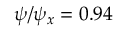
\psi / \psi _ { x } = 0 . 9 4